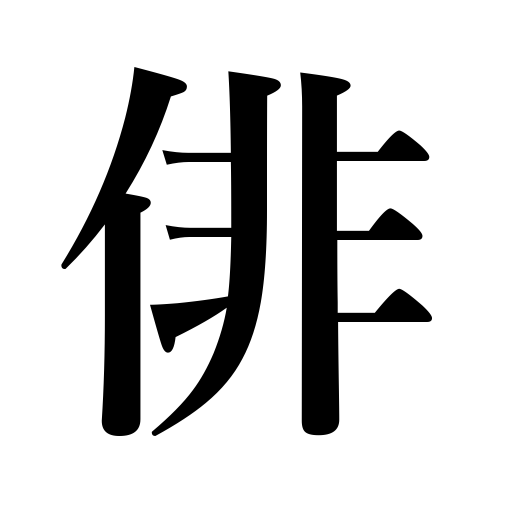
Meanings: actor